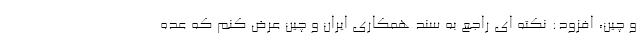
و چین، افزود: نکته ای راجع به سند همکاری ایران و چین عرض کنم که عده